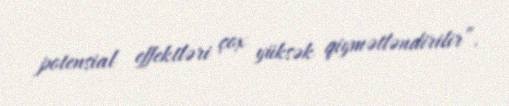
potensial effektləri çox yüksək qiymətləndirilir”.